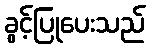
ခွင့်ပြုပေးသည်